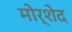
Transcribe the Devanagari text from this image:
मोर्शेद